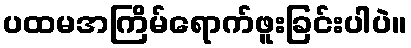
ပထမအကြိမ်ရောက်ဖူးခြင်းပါပဲ။